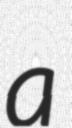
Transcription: a